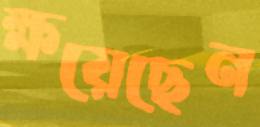
ক্ষয়েছেন